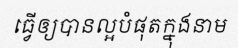
ធ្វើឲ្យបានល្អបំផុតក្នុងនាម